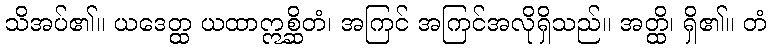
သိအပ်၏။ ယဒေတ္ထ ယထာဣစ္ဆိတံ၊ အကြင် အကြင်အလိုရှိသည်။ အတ္ထိ၊ ရှိ၏။ တံ